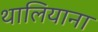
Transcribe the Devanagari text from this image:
थालियाना